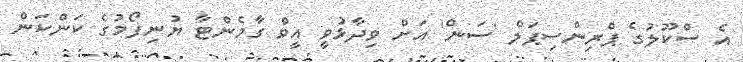
އެ ސްކޫލުގެ ޕްރިންސިޕަލް 'ސަނ'ް އަށް ވިދާޅުވީ އީވް ގާމެންޓާ ޔުނިފޯމުގެ ކަންކަން